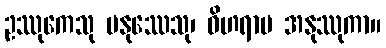
ဥဿုကေသု မနုဿေသု၊ ဝိဟရာမ အနုဿုကာ။